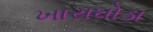
ખારાઘોડા